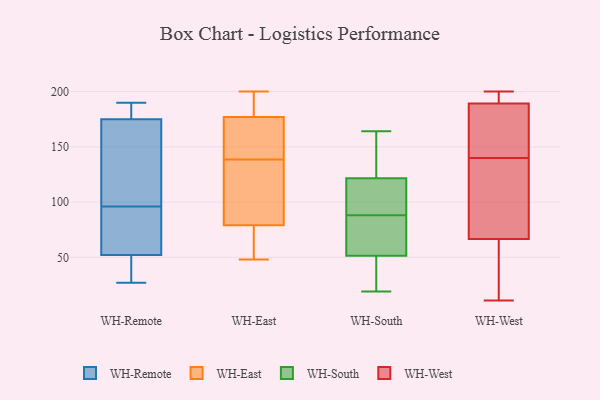
{"axis": {"x": "Humidity (%)", "y": "Value"}, "legend": ["WH-East", "WH-Remote", "WH-South", "WH-West"], "data": [{"x": "", "y": 52, "type": "WH-Remote"}, {"x": "", "y": 27, "type": "WH-Remote"}, {"x": "", "y": 70, "type": "WH-Remote"}, {"x": "", "y": 171, "type": "WH-Remote"}, {"x": "", "y": 69, "type": "WH-Remote"}, {"x": "", "y": 28, "type": "WH-Remote"}, {"x": "", "y": 190, "type": "WH-Remote"}, {"x": "", "y": 182, "type": "WH-Remote"}, {"x": "", "y": 122, "type": "WH-Remote"}, {"x": "", "y": 175, "type": "WH-Remote"}, {"x": "", "y": 48, "type": "WH-East"}, {"x": "", "y": 199, "type": "WH-East"}, {"x": "", "y": 70, "type": "WH-East"}, {"x": "", "y": 171, "type": "WH-East"}, {"x": "", "y": 185, "type": "WH-East"}, {"x": "", "y": 200, "type": "WH-East"}, {"x": "", "y": 79, "type": "WH-East"}, {"x": "", "y": 61, "type": "WH-East"}, {"x": "", "y": 176, "type": "WH-East"}, {"x": "", "y": 110, "type": "WH-East"}, {"x": "", "y": 177, "type": "WH-East"}, {"x": "", "y": 100, "type": "WH-East"}, {"x": "", "y": 153, "type": "WH-East"}, {"x": "", "y": 124, "type": "WH-East"}, {"x": "", "y": 81, "type": "WH-South"}, {"x": "", "y": 164, "type": "WH-South"}, {"x": "", "y": 84, "type": "WH-South"}, {"x": "", "y": 41, "type": "WH-South"}, {"x": "", "y": 41, "type": "WH-South"}, {"x": "", "y": 99, "type": "WH-South"}, {"x": "", "y": 94, "type": "WH-South"}, {"x": "", "y": 55, "type": "WH-South"}, {"x": "", "y": 164, "type": "WH-South"}, {"x": "", "y": 19, "type": "WH-South"}, {"x": "", "y": 27, "type": "WH-South"}, {"x": "", "y": 88, "type": "WH-South"}, {"x": "", "y": 103, "type": "WH-South"}, {"x": "", "y": 140, "type": "WH-South"}, {"x": "", "y": 116, "type": "WH-South"}, {"x": "", "y": 60, "type": "WH-South"}, {"x": "", "y": 138, "type": "WH-South"}, {"x": "", "y": 11, "type": "WH-West"}, {"x": "", "y": 117, "type": "WH-West"}, {"x": "", "y": 140, "type": "WH-West"}, {"x": "", "y": 89, "type": "WH-West"}, {"x": "", "y": 159, "type": "WH-West"}, {"x": "", "y": 195, "type": "WH-West"}, {"x": "", "y": 57, "type": "WH-West"}, {"x": "", "y": 93, "type": "WH-West"}, {"x": "", "y": 184, "type": "WH-West"}, {"x": "", "y": 200, "type": "WH-West"}, {"x": "", "y": 59, "type": "WH-West"}, {"x": "", "y": 160, "type": "WH-West"}, {"x": "", "y": 199, "type": "WH-West"}, {"x": "", "y": 191, "type": "WH-West"}, {"x": "", "y": 38, "type": "WH-West"}]}